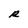
Character: R